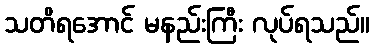
သတိရအောင် မနည်းကြီး လုပ်ရသည်။